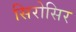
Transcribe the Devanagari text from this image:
सिरोसिर